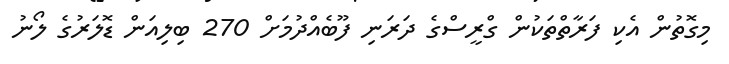
މިގޮތުން އެކި ފަރާތްތަކުން ގްރީސްގެ ދަރަނި ފޫބެއްދުމަށް 270 ބިލިއަން ޑޮލަރުގެ ލޯނު